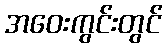
အဝေးကွင်းတွင်